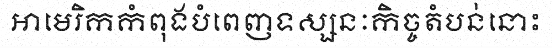
អាមេរិកកំពុងបំពេញទស្សនៈកិច្ចតំបន់នោះ